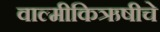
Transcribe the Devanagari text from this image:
वाल्मीकिऋषीचे